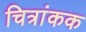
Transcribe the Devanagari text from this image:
चित्रांकक